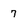
Character: 7